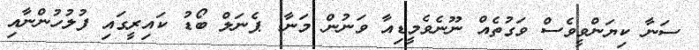
ސަނާ ކިޔަންވީވެސް ވަގުތެއް ނޫނެވެމީޑިއާ ވަނުން މަނާ: ޕެނަލް ބޯޑު ކައިރީގައި ފުލުހުންނާއި